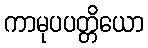
ကာမုပပတ္တိယော